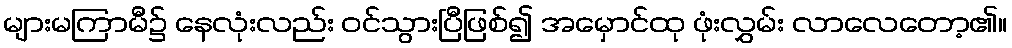
များမကြာမီ၌ နေလုံးလည်း ဝင်သွားပြီဖြစ်၍ အမှောင်ထု ဖုံးလွှမ်း လာလေတော့၏။